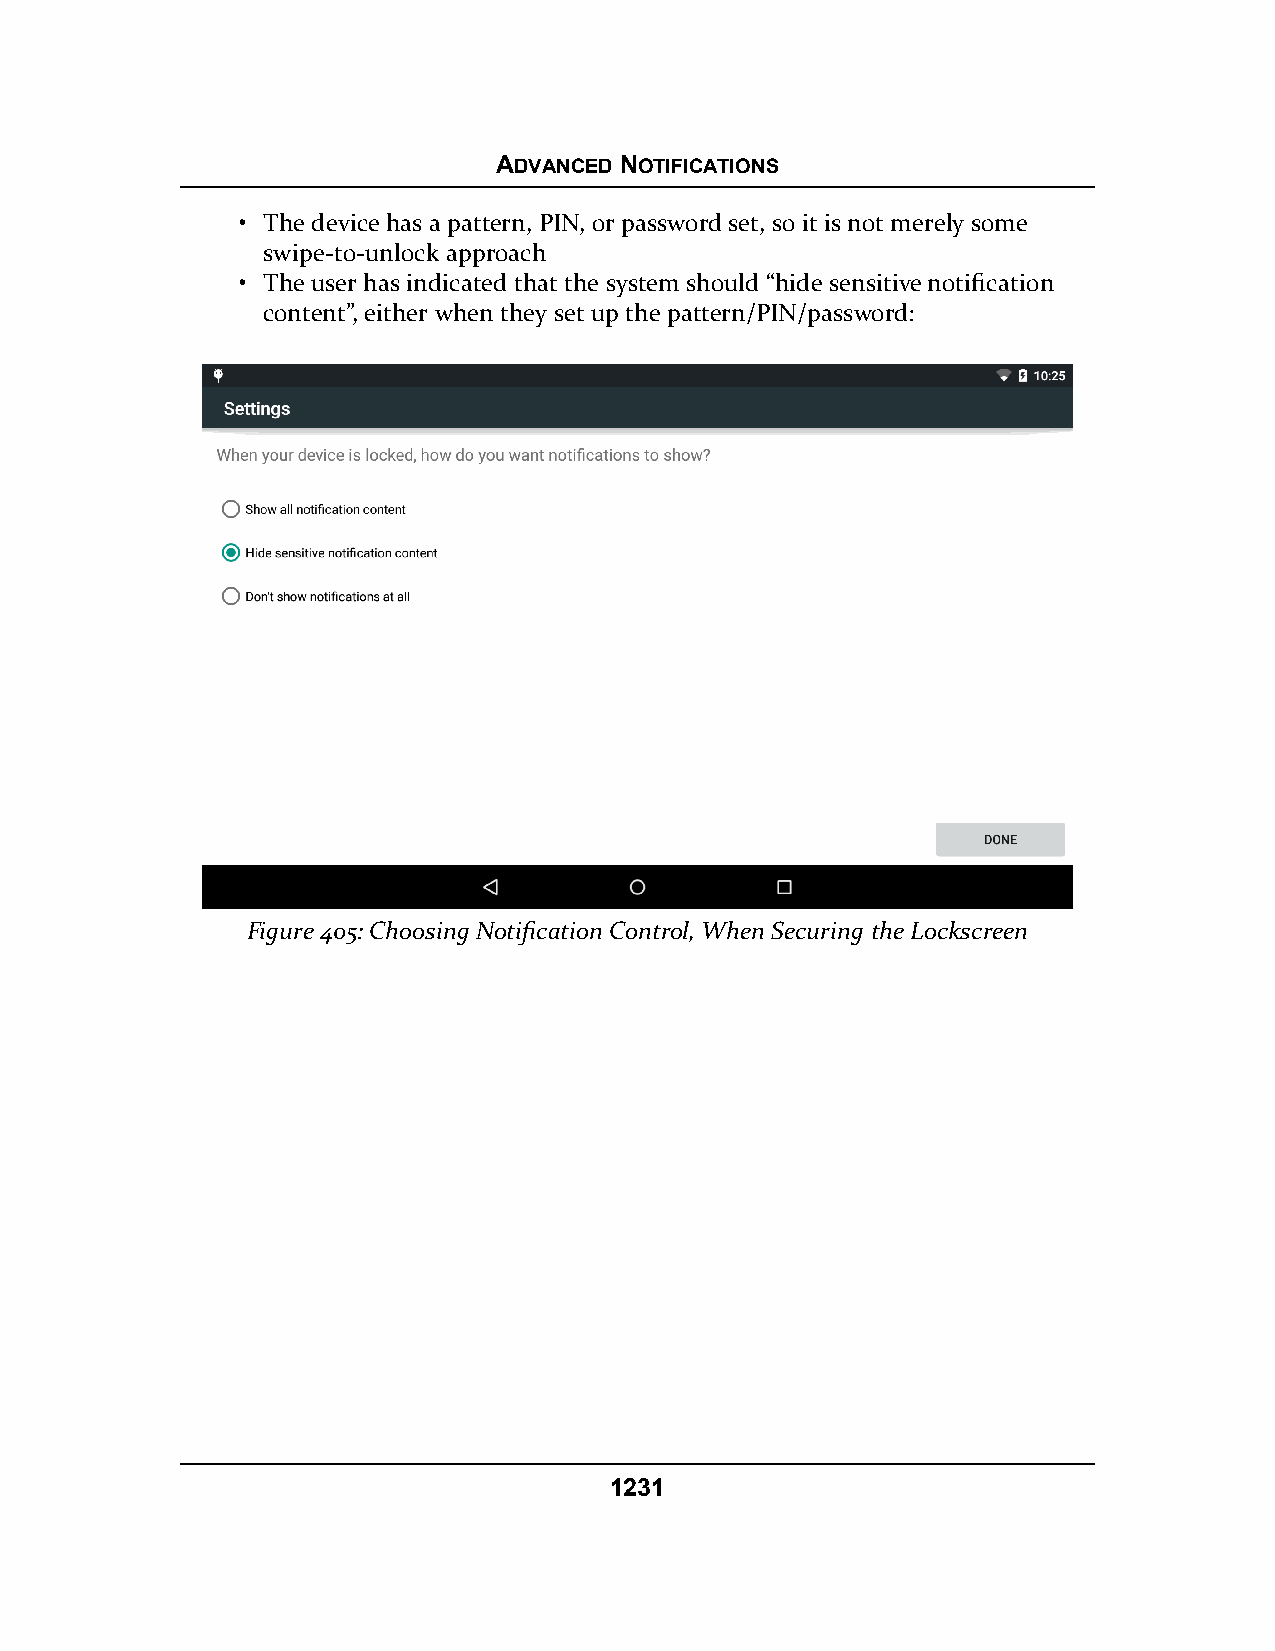
ADVANCED NOTIFICATIONS
 • The device has a pattern, PIN, or password set, so it is not merely some
 swipe-to-unlock approach
 • The user has indicated that the system should “hide sensitive notification
 content”, either when they set up the pattern/PIN/password:
 Figure 405: Choosing Notification Control, When Securing the Lockscreen
 1231